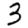
Digit: 3